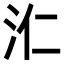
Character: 𣲚